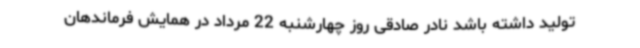
تولید داشته باشد نادر صادقی روز چهارشنبه 22 مرداد در همایش فرماندهان